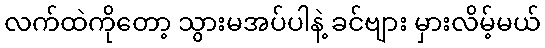
လက်ထဲကိုတော့ သွားမအပ်ပါနဲ့ ခင်ဗျား မှားလိမ့်မယ်